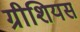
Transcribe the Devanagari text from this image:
ग्रीशियस